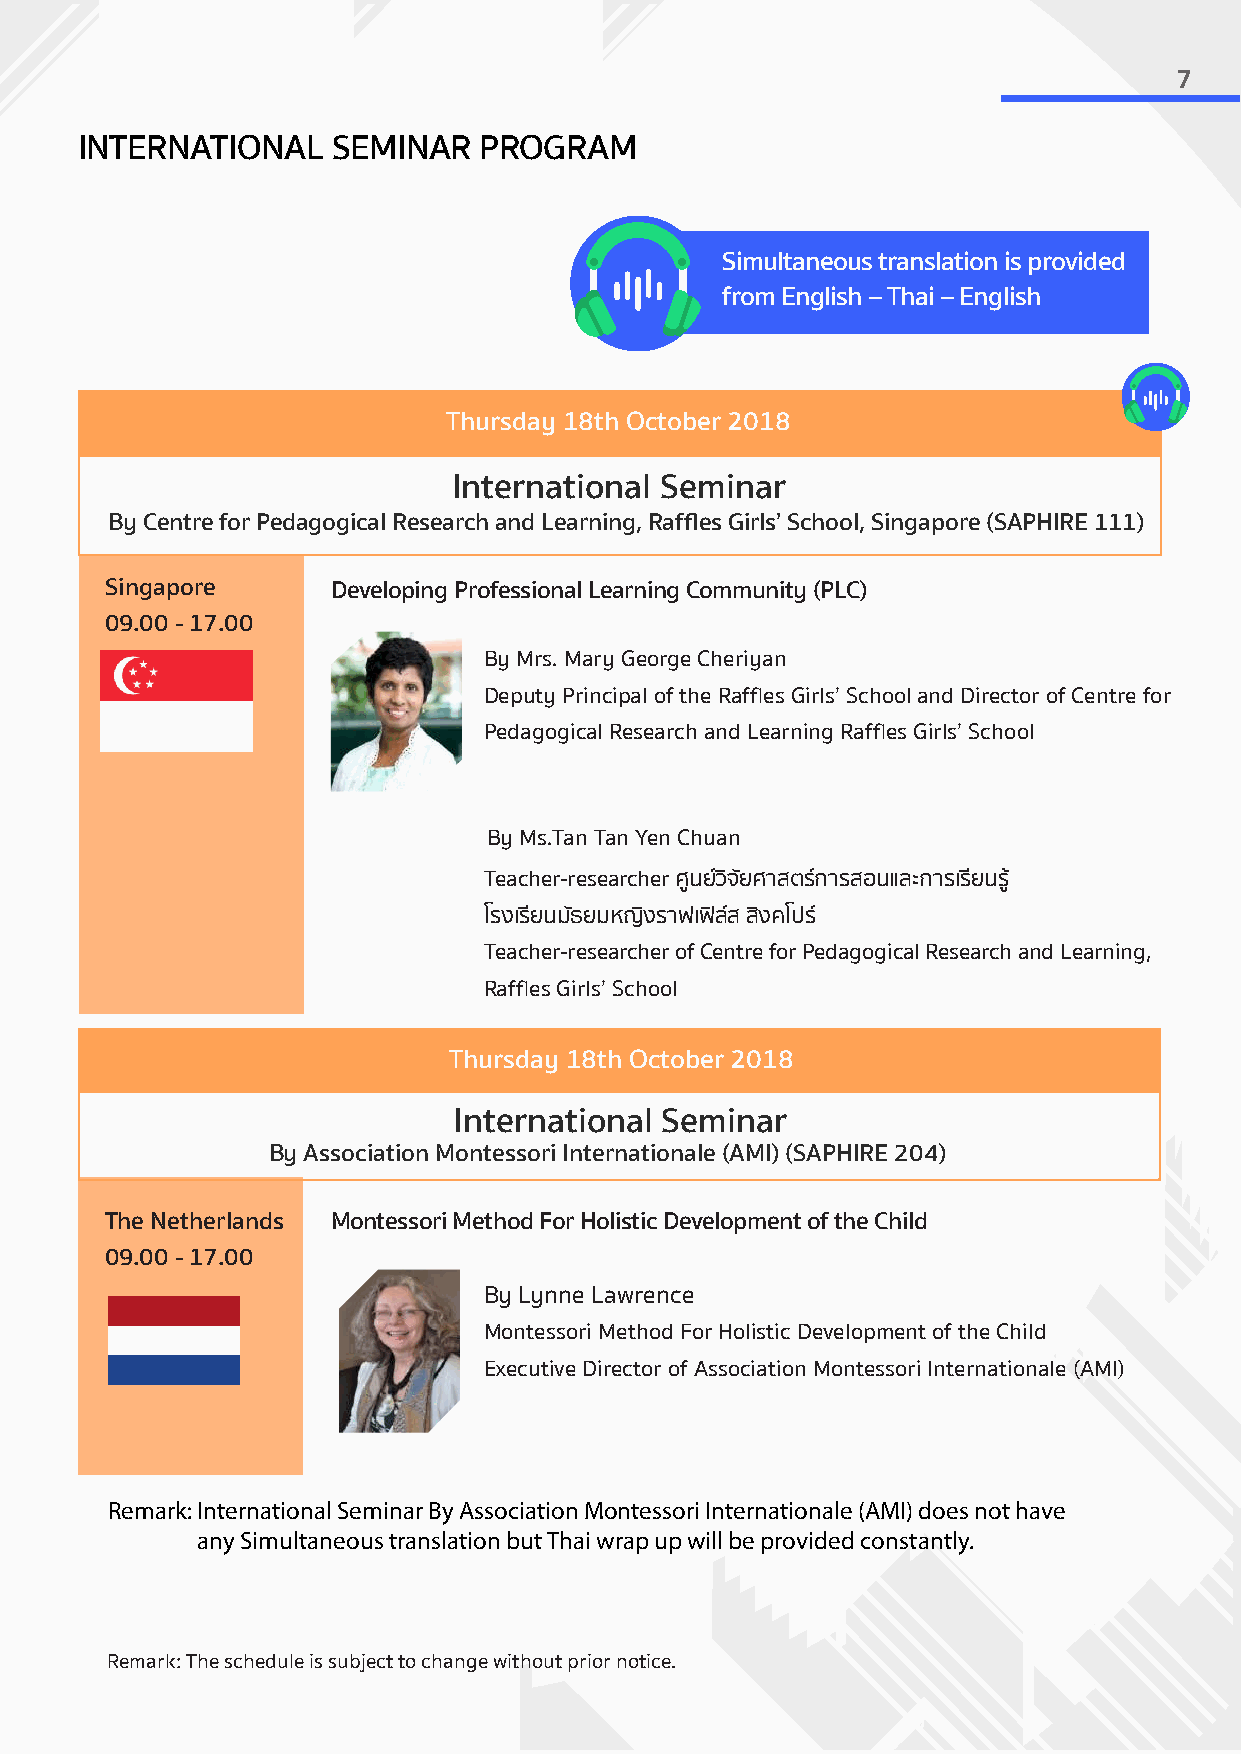
7
 INTERNATIONAL    SEMINAR   PROGRAM
 Simultaneous translation is provided
 from English – Thai – English
 Thursday 18th October 2018
 International Seminar
 By Centre for Pedagogical Research and Learning, Raffles Girls’ School, Singapore (SAPHIRE 111)
 Singapore      Developing Professional Learning Community (PLC)
 09.00 - 17.00
 By Mrs. Mary George Cheriyan
 Deputy Principal of the Raffles Girls’ School and Director of Centre for
 Pedagogical Research and Learning Raffles Girls’ School
 By Ms.Tan Tan Yen Chuan
 Teacher-researcher ศนู ยว จิ ยั ศาสตรก ารสอนและการเรยี นรู
 โรงเรยี นมธั ยมหญงิ ราฟเฟล ส สงิ คโปร
 Teacher-researcher of Centre for Pedagogical Research and Learning,
 Raffles Girls’ School
 Thursday 18th October 2018
 International Seminar
 By Association Montessori Internationale (AMI) (SAPHIRE 204)
 The Netherlands Montessori Method For Holistic Development of the Child
 09.00 - 17.00
 By Lynne Lawrence
 Montessori Method For Holistic Development of the Child
 Executive Director of Association Montessori Internationale (AMI)
 Remark: International Seminar By Association Montessori Internationale (AMI) does not have
 any Simultaneous translation but Thai wrap up will be provided constantly.
 Remark: The schedule is subject to change without prior notice.